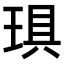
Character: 𤦚